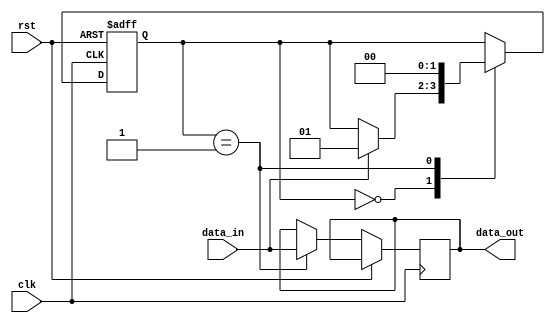
module fifo_sync (
    input wire clk,
    input wire rst,
    input wire data_in,
    output wire data_out
);

// Control unit
reg [1:0] state;
parameter IDLE = 2'b00;
parameter SYNC = 2'b01;

always @(posedge clk or posedge rst) begin
    if (rst) begin
        state <= IDLE;
    end else begin
        case(state)
            IDLE: begin
                if (data_in) begin
                    state <= SYNC;
                end
            end
            SYNC: begin
                state <= IDLE;
            end
        endcase
    end
end

// Synchronization unit
always @(posedge clk or posedge rst) begin
    if (rst) begin
        // Reset synchronization logic
    end else begin
        case(state)
            SYNC: begin
                // Synchronize data_in to data_out
                data_out <= data_in;
            end
        endcase
    end
end

endmodule